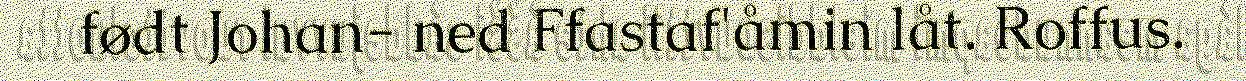
født Johan- ned Ffastaf'åmin låt. Roffus.